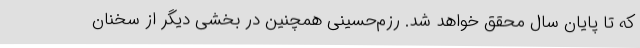
که تا پایان سال محقق خواهد شد. رزم‌حسینی همچنین در بخشی دیگر از سخنان